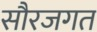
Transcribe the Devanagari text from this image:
सौरजगत